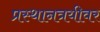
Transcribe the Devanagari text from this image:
प्रस्थानत्रयीवर